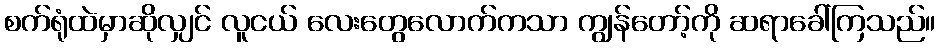
စက်ရုံထဲမှာဆိုလျှင် လူငယ် လေးတွေလောက်ကသာ ကျွန်တော့်ကို ဆရာခေါ်ကြသည်။